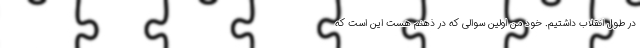
در طول انقلاب داشتیم. خود من اولین سوالی که در ذهنم هست این است که